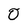
Character: 0